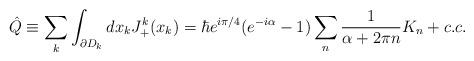
LaTeX: \begin{align*}\hat Q \equiv\sum_k \int_{\partial D_k} dx_k J_+^k(x_k) = \hbar e^{i \pi/4}(e^{-i \alpha}-1) \sum_n \frac {1}{\alpha + 2 \pi n} K_n + c.c.\end{align*}